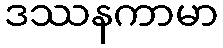
ဒဿနကာမာ